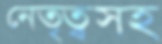
নেতৃত্বসহ